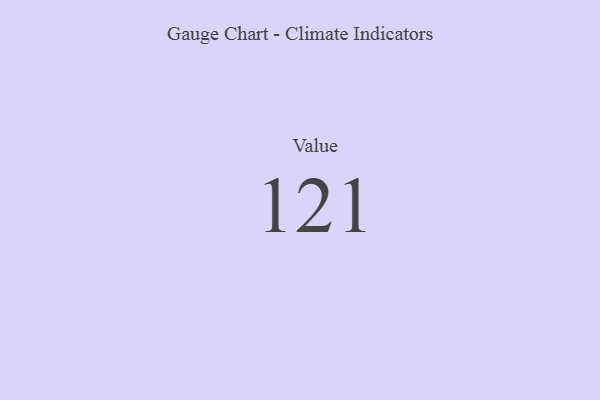
{"axis": {"x": "Metric", "y": "Value"}, "legend": [""], "data": [{"x": "Value", "y": 121, "type": ""}]}